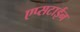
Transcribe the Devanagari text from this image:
एप्सटाईन